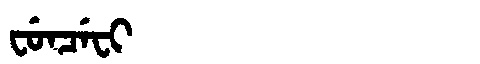
Manchu: ᠸᡠᠨᠴᡝᠸᡳ
Romanization: FUNCEFI